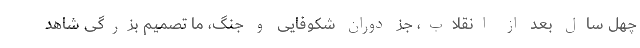
چهل سالِ بعد از انقلاب، جز دوران شکوفایی و جنگ، ما تصمیم بزرگی شاهد